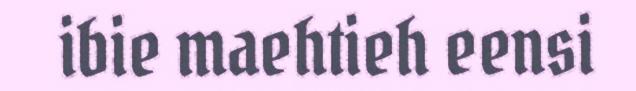
ibie maehtieh eensi